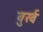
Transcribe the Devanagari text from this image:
बुर्ख